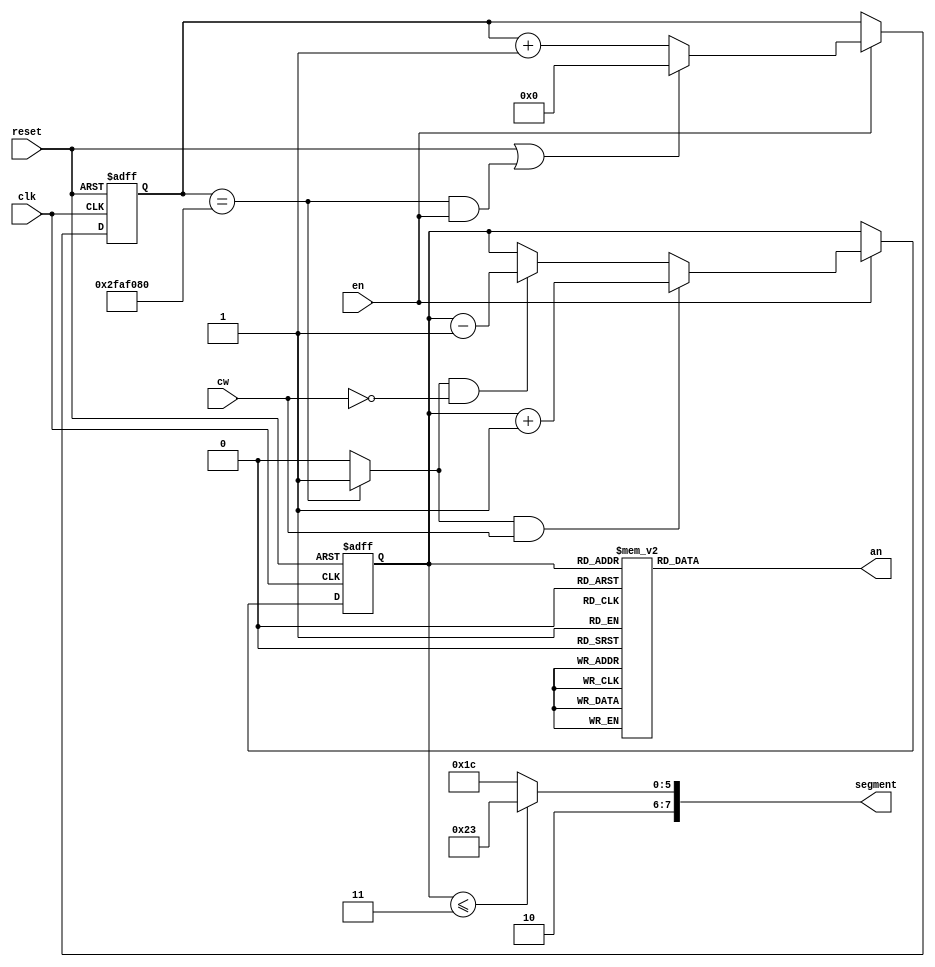
`timescale 1ns / 1ps
//////////////////////////////////////////////////////////////////////////////////
// Company: 
// Engineer: 
// 
// Design Name: 
// Module Name: rotating_square
// Project Name: 
// Target Devices: 
// Tool Versions: 
// Description: 
// 
// Dependencies: 
// 
// Revision:
// Revision 0.01 - File Created
// Additional Comments:
// 
//////////////////////////////////////////////////////////////////////////////////


module rotating_square(
    input clk, 
    input reset,
    input en,
    input cw,                //clockwise rotation if 1, counterclockwise rotation if 0
    output reg [3:0] an,
    output reg [7:0] segment
    );
    
    parameter DVSR = 50000000; //Mod-M counter for 0.5 second tick with 100MHZ clock
    
    //counter for clock frequency
    reg [31:0] ms_reg;         
    wire [31:0] ms_next;
    
    wire ms_tick;
    
    //counter for 8 rotating square states
    reg [2:0] count_reg;
    wire [2:0] count_next;
                
    always @(posedge clk, posedge reset)
        if(reset)
            begin
                ms_reg <= 0;
                count_reg <= 0;
            end
        else if (en)
            begin
                ms_reg <= ms_next;
                count_reg <= count_next;
            end
    
    //next-state logic
    
    assign ms_next = (reset || (ms_reg == DVSR && en)) ? 0 :
                     (en) ?   ms_reg + 1 :
                              ms_reg;
    //asserts ms_tick if DVSR at max for counter                      
    assign ms_tick = (ms_reg == DVSR) ? 1'b1 : 1'b0;
    
    //if clock tick and clock wise, increment. if clock tick and counter clockwise, decrement. otherwise, keep count same
    assign count_next = (ms_tick && cw)  ? count_reg + 1 : 
                        (ms_tick && ~cw) ? count_reg - 1 :
                                           count_reg;
        
    //output logic
    //an output
    always @*
        begin
            case(count_reg)
                3'b000: an = 4'b0111;
                3'b001: an = 4'b1011;
                3'b010: an = 4'b1101;
                3'b011: an = 4'b1110;
                3'b100: an = 4'b1110;
                3'b101: an = 4'b1101;
                3'b110: an = 4'b1011;
                3'b111: an = 4'b0111;
            endcase
        end
    
    //segment output
    always @*
        begin
            segment[7] = 1'b1; //DP never on for square seg display

            if(count_reg <= 3'b011) //7'b G,F,E,D,C,B,A
                segment[6:0] = 7'b0100011; //displays square in lower half
            else
                segment[6:0] = 7'b0011100; //displays square in upper half 
        end
    
            
endmodule